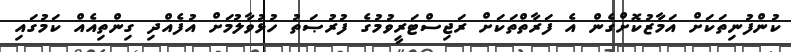
ކުންފުނިތަކަށް އަމާޒުކޮށްގެން އެ ފަރާތްތަކަށް ރަޖިސްޓަރީވުމުގެ ފުރުޞަތު ހުޅުވާލުމަށް އުފެއްދި ގިންތިއެއް ކަމުގައި